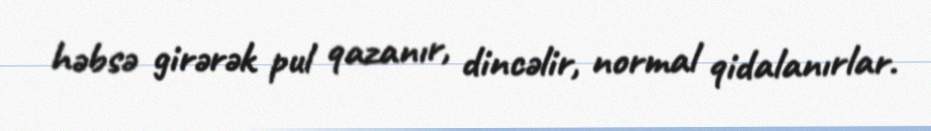
həbsə girərək pul qazanır, dincəlir, normal qidalanırlar.